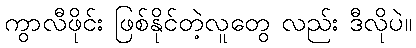
ကွာလီဖိုင်း ဖြစ်နိုင်တဲ့လူတွေ လည်း ဒီလိုပဲ။